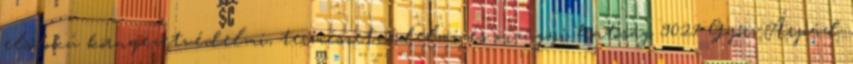
elsőfokú környezetvédelmi, természetvédelmi és vízügyi hatóság 9021 Győr, Árpád